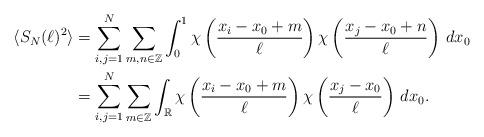
LaTeX: \begin{align*}\begin{aligned} \langle S_N(\ell)^2\rangle &=\sum_{i,j=1}^N\sum_{m,n\in\mathbb{Z}}\int_0^1\chi\left(\frac{x_i-x_0+m}{\ell}\right)\chi\left(\frac{x_j-x_0+n}{\ell}\right)\,dx_0 \\ &=\sum_{i,j=1}^N\sum_{m\in\mathbb{Z}}\int_\mathbb{R}\chi\left(\frac{x_i-x_0+m}{\ell}\right)\chi\left(\frac{x_j-x_0}{\ell}\right)\,dx_0.\end{aligned}\end{align*}